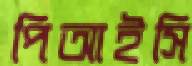
পিআইসি